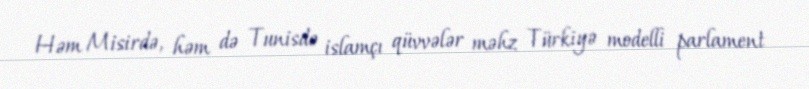
Həm Misirdə, həm də Tunisdə islamçı qüvvələr məhz Türkiyə modelli parlament